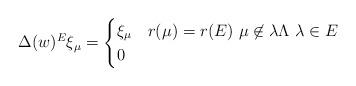
LaTeX: \begin{align*}\Delta(w)^E\xi_\mu=\begin{cases}\xi_\mu & r(\mu)=r(E) \ \mu \not \in \lambda \Lambda \ \lambda\in E \\0 & \end{cases}\end{align*}